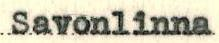
Savonlinna